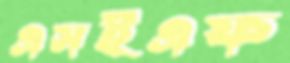
এসইএফ